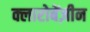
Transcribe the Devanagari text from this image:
क्लारोबेंज़ीन